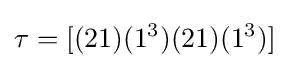
\tau =[(21)(1^{3})(21)(1^{3})]